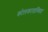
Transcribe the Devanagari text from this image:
कोलकातास्थित